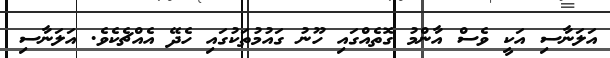
އަލަނާސި އަކީ ވެސް އާންމު ގޮތެއްގައި ހޫނު ގައުމުތަކުގައި ހެދޭ އެއްޗެކެވެ. އަލަނާސި